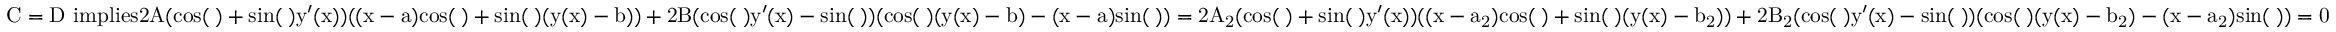
\mathrm { C = D \ i m p l i e s 2 A ( c o s ( θ ) + s i n ( θ ) y ^ { \prime } ( x ) ) ( ( x - a ) c o s ( θ ) + s i n ( θ ) ( y ( x ) - b ) ) + 2 B ( c o s ( θ ) y ^ { \prime } ( x ) - s i n ( θ ) ) ( c o s ( θ ) ( y ( x ) - b ) - ( x - a ) s i n ( θ ) ) = 2 A _ { 2 } ( c o s ( θ ) + s i n ( θ ) y ^ { \prime } ( x ) ) ( ( x - a _ { 2 } ) c o s ( θ ) + s i n ( θ ) ( y ( x ) - b _ { 2 } ) ) + 2 B _ { 2 } ( c o s ( θ ) y ^ { \prime } ( x ) - s i n ( θ ) ) ( c o s ( θ ) ( y ( x ) - b _ { 2 } ) - ( x - a _ { 2 } ) s i n ( θ ) ) = 0 }